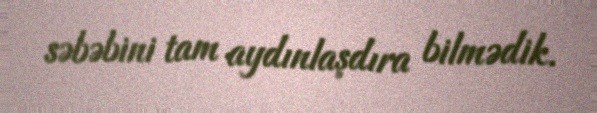
səbəbini tam aydınlaşdıra bilmədik.